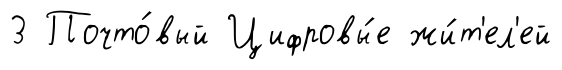
3 Почто́вый Цифровы́е жи́т'ел'ей